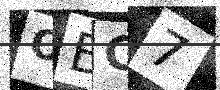
Text: OBC7